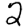
Digit: 2